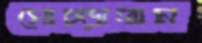
মোচ্‌ড়াতাম